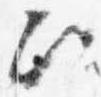
次